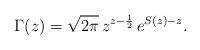
LaTeX: \begin{align*} \Gamma(z) = \sqrt{2\pi}\,z^{z-\frac12}\,e^{S(z)-z}. \end{align*}